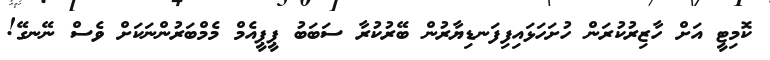
ކޮމިޓީ އަށް ހާޒިރުކުރަން ހުށަހަޅައިފިފަނޑިޔާރުން ބޭރުކުރާ ސަބަބު ޕީޕީއެމް މެމްބަރުންނަކަށް ވެސް ނޭނގޭ!